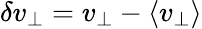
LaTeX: \delta v_{\perp}=v_{\perp}-\langle v_{\perp}\rangle